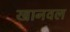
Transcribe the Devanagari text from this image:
खानवल